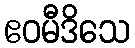
ဧဝမီဒိသေ